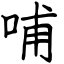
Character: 哺